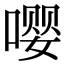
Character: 嘤